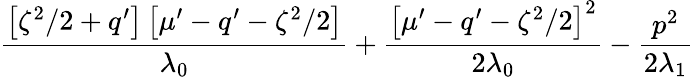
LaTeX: \frac{\left[\zeta^{2}/2+q^{\prime}\right]\left[\mu^{\prime}-q^{\prime}-\zeta^{2}/2\right]}{\lambda_{0}}+\frac{\left[\mu^{\prime}-q^{\prime}-\zeta^{2}/2\right]^{2}}{2\lambda_{0}}-\frac{p^{2}}{2\lambda_{1}}